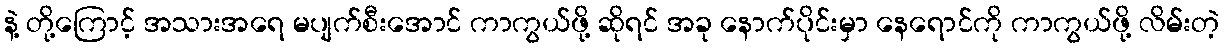
နဲ့ တို့ကြောင့် အသားအရေ မပျက်စီးအောင် ကာကွယ်ဖို့ ဆိုရင် အခု နောက်ပိုင်းမှာ နေရောင်ကို ကာကွယ်ဖို့ လိမ်းတဲ့